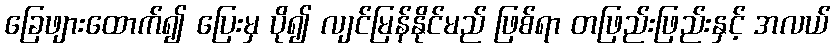
ခြေဖျားထောက်၍ ပြေးမှ ပို၍ လျင်မြန်နိုင်မည် ဖြစ်ရာ တဖြည်းဖြည်းနှင့် အလယ်